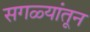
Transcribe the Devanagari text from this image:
सगळ्यांतून